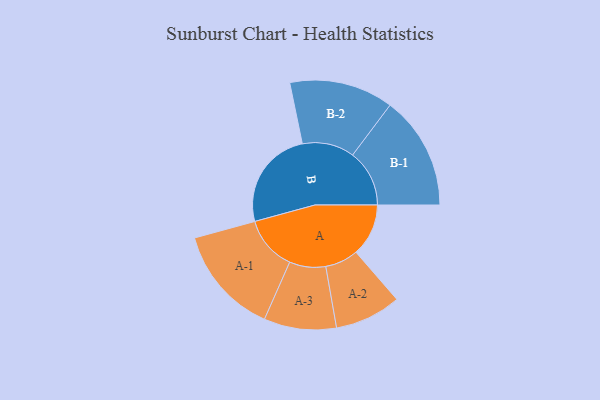
{"axis": {"x": "Segment", "y": "Value"}, "legend": ["", "A", "B"], "data": [{"x": "A", "y": 242, "type": ""}, {"x": "B", "y": 462, "type": ""}, {"x": "A-1", "y": 251, "type": "A"}, {"x": "A-2", "y": 153, "type": "A"}, {"x": "A-3", "y": 167, "type": "A"}, {"x": "B-1", "y": 262, "type": "B"}, {"x": "B-2", "y": 240, "type": "B"}]}